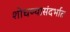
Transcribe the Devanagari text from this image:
शोधण्यासंदर्भात